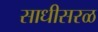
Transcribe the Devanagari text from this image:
साधीसरळ